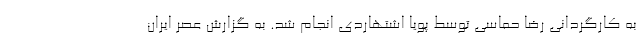
به کارگردانی رضا حماسی توسط پویا اشتهاردی انجام شد. به گزارش عصر ایران